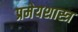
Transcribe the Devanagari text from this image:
प्रमेयशास्त्र